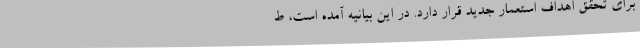
برای تحقق اهداف استعمار جدید قرار دارد. در این بیانیه آمده است، ط